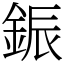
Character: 鋠